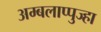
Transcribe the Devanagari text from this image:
अम्बलाप्पुज्हा